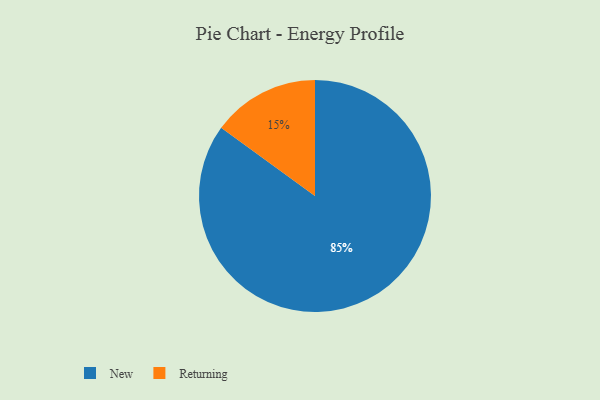
{"axis": {"x": "Category", "y": "Percentage"}, "legend": ["New", "Returning"], "data": [{"x": "New", "y": 85, "type": "New"}, {"x": "Returning", "y": 15, "type": "Returning"}]}